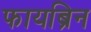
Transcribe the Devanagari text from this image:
फायब्रिन